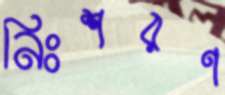
নিঃশরণ